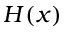
H ( x )